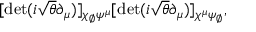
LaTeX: [ \operatorname * { d e t } ( i \sqrt { \theta } \partial _ { \mu } ) ] _ { \chi _ { \scriptscriptstyle \emptyset } \psi ^ { \mu } } [ \operatorname * { d e t } ( i \sqrt { \theta } \partial _ { \mu } ) ] _ { \chi ^ { \mu } \psi _ { \scriptscriptstyle \emptyset } } ,